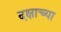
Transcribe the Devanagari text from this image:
दक्षाच्या